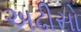
અઢીસો